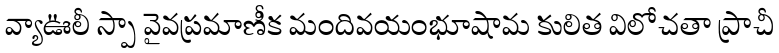
వ్యాఊలీ స్పా వైవప్రమాణీక మందివయంభూషామ కులిత విలోచతా ప్రాచీ